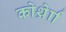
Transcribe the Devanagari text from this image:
कोर्थ्रेाा